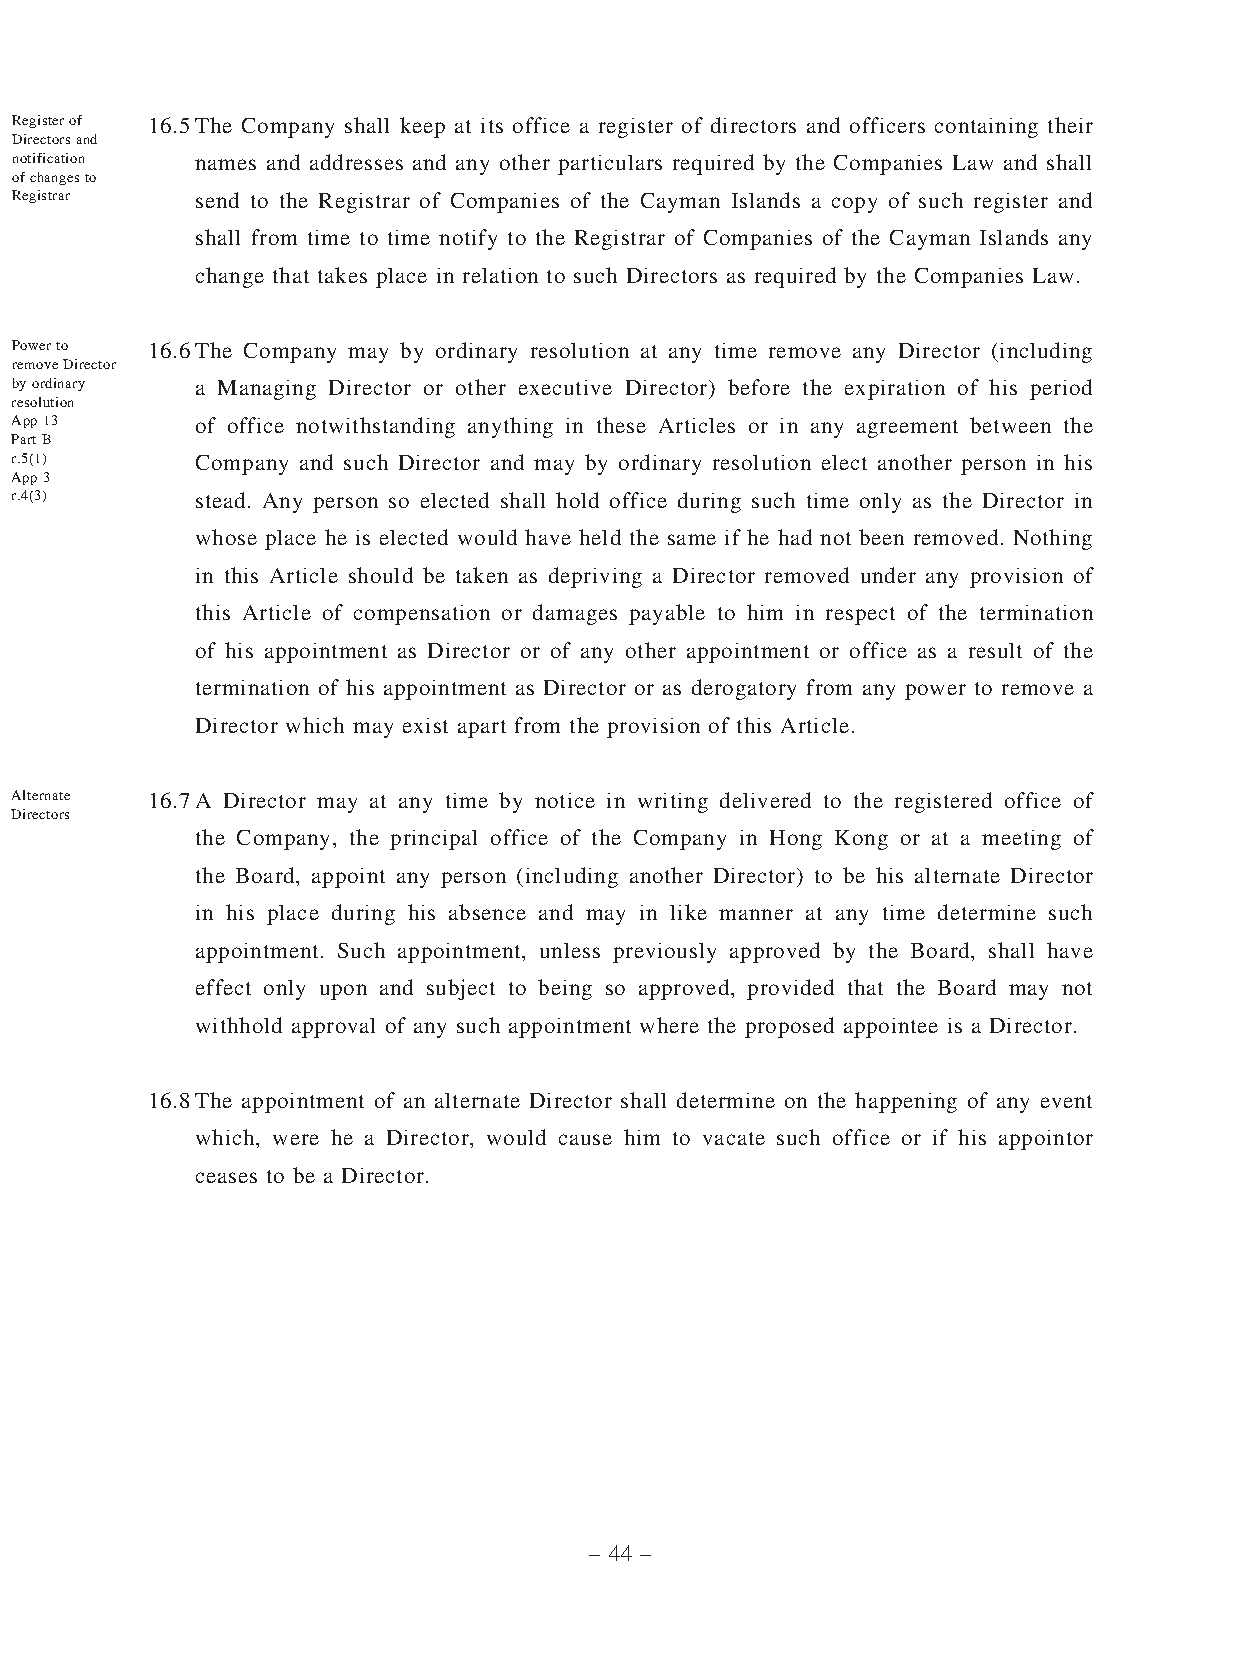
Register of 16.5 The Company shall keep at its office a register of directors and officers containing their
 Directors and
 notification names and addresses and any other particulars required by the Companies Law and shall
 of changes to
 Registrar   send to the Registrar of Companies of the Cayman Islands a copy of such register and
 shall from time to time notify to the Registrar of Companies of the Cayman Islands any
 change that takes place in relation to such Directors as required by the Companies Law.
 Power to 16.6 The Company may by ordinary resolution at any time remove any Director (including
 remove Director
 by ordinary a Managing Director or other executive Director) before the expiration of his period
 resolution
 App 13      of office notwithstanding anything in these Articles or in any agreement between the
 Part B
 r.5(1)      Company and such Director and may by ordinary resolution elect another person in his
 App 3
 r.4(3)      stead. Any person so elected shall hold office during such time only as the Director in
 whose place he is elected would have held the same if he had not been removed. Nothing
 in this Article should be taken as depriving a Director removed under any provision of
 this Article of compensation or damages payable to him in respect of the termination
 of his appointment as Director or of any other appointment or office as a result of the
 termination of his appointment as Director or as derogatory from any power to remove a
 Director which may exist apart from the provision of this Article.
 Alternate 16.7 A Director may at any time by notice in writing delivered to the registered office of
 Directors
 the Company, the principal office of the Company in Hong Kong or at a meeting of
 the Board, appoint any person (including another Director) to be his alternate Director
 in his place during his absence and may in like manner at any time determine such
 appointment. Such appointment, unless previously approved by the Board, shall have
 effect only upon and subject to being so approved, provided that the Board may not
 withhold approval of any such appointment where the proposed appointee is a Director.
 16.8 The appointment of an alternate Director shall determine on the happening of any event
 which, were he a Director, would cause him to vacate such office or if his appointor
 ceases to be a Director.
 – 44 –